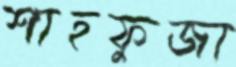
শাহফুজা